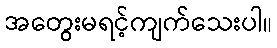
အတွေးမရင့်ကျက်သေးပါ။